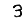
Digit: 3